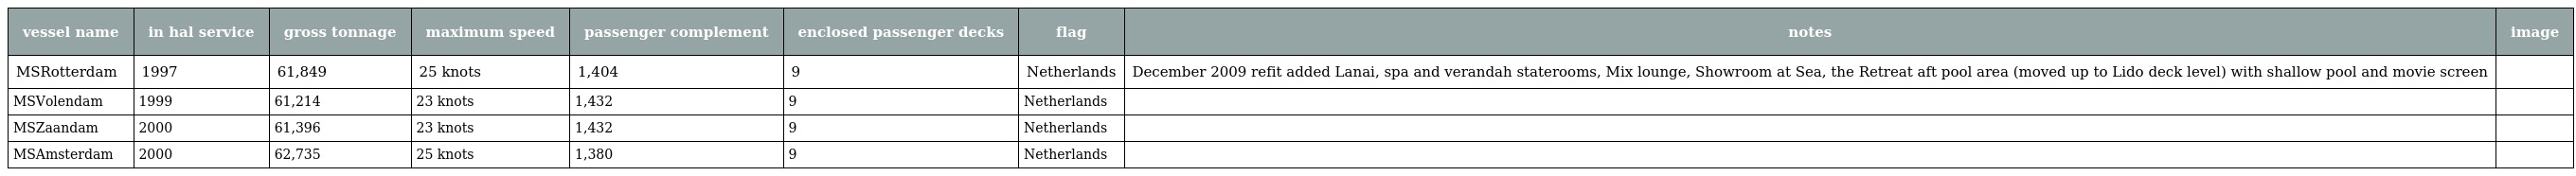
| vessel name | in hal service | gross tonnage | maximum speed | passenger complement | enclosed passenger decks | flag | notes | image |
 | --- | --- | --- | --- | --- | --- | --- | --- | --- |
 | MSRotterdam | 1997 | 61,849 | 25 knots | 1,404 | 9 | Netherlands | December 2009 refit added Lanai, spa and verandah staterooms, Mix lounge, Showroom at Sea, the Retreat aft pool area (moved up to Lido deck level) with shallow pool and movie screen |  |
 | MSVolendam | 1999 | 61,214 | 23 knots | 1,432 | 9 | Netherlands |  |  |
 | MSZaandam | 2000 | 61,396 | 23 knots | 1,432 | 9 | Netherlands |  |  |
 | MSAmsterdam | 2000 | 62,735 | 25 knots | 1,380 | 9 | Netherlands |  |  |